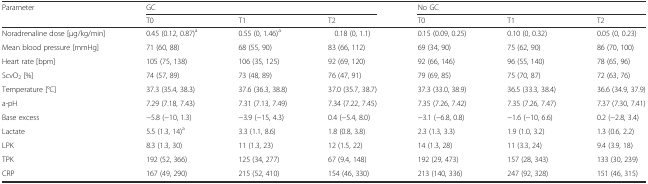
<table><thead><tr><td><b>Parameter</b></td><td colspan="3"><b>GC</b></td><td colspan="3"><b>No GC</b></td></tr><tr><td></td><td><b>T0</b></td><td><b>T1</b></td><td><b>T2</b></td><td><b>T0</b></td><td><b>T1</b></td><td><b>T2</b></td></tr></thead><tbody><tr><td>Noradrenaline dose [μg/kg/min]</td><td>0.45 (0.12, 0.87)<sup>a</sup></td><td>0.55 (0, 1.46)<sup>a</sup></td><td>0.18 (0, 1.1)</td><td>0.15 (0.09, 0.25)</td><td>0.10 (0, 0.32)</td><td>0.05 (0, 0.23)</td></tr><tr><td>Mean blood pressure [mmHg]</td><td>71 (60, 88)</td><td>68 (55, 90)</td><td>83 (66, 112)</td><td>69 (34, 90)</td><td>75 (62, 90)</td><td>86 (70, 100)</td></tr><tr><td>Heart rate [bpm]</td><td>105 (75, 138)</td><td>106 (35, 125)</td><td>92 (69, 120)</td><td>92 (66, 146)</td><td>96 (55, 140)</td><td>78 (65, 96)</td></tr><tr><td>ScvO<sub>2</sub> [%]</td><td>74 (57, 89)</td><td>73 (48, 89)</td><td>76 (47, 91)</td><td>79 (69, 85)</td><td>75 (70, 87)</td><td>72 (63, 76)</td></tr><tr><td>Temperature [°C]</td><td>37.3 (35.4, 38.3)</td><td>37.6 (36.3, 38.8)</td><td>37.0 (35.7, 38.7)</td><td>37.3 (33.0, 38.9)</td><td>36.5 (33.3, 38.4)</td><td>36.6 (34.9, 37.9)</td></tr><tr><td>a-pH</td><td>7.29 (7.18, 7.43)</td><td>7.31 (7.13, 7.49)</td><td>7.34 (7.22, 7.45)</td><td>7.35 (7.26, 7.42)</td><td>7.35 (7.26, 7.47)</td><td>7.37 (7.30, 7.41)</td></tr><tr><td>Base excess</td><td>−5.8 (−10, 1.3)</td><td>−3.9 (−15, 4.3)</td><td>0.4 (−5.4, 8.0)</td><td>−3.1 (−6.8, 0.8)</td><td>−1.6 (−10, 6.6)</td><td>0.2 (−2.8, 3.4)</td></tr><tr><td>Lactate</td><td>5.5 (1.3, 14)<sup>a</sup></td><td>3.3 (1.1, 8.6)</td><td>1.8 (0.8, 3.8)</td><td>2.3 (1.3, 3.3)</td><td>1.9 (1.0, 3.2)</td><td>1.3 (0.6, 2.2)</td></tr><tr><td>LPK</td><td>8.3 (1.3, 30)</td><td>11 (1.3, 23)</td><td>12 (1.5, 22)</td><td>14 (1.3, 28)</td><td>11 (3.3, 24)</td><td>9.4 (3.9, 18)</td></tr><tr><td>TPK</td><td>192 (52, 366)</td><td>125 (34, 277)</td><td>67 (9.4, 148)</td><td>192 (29, 473)</td><td>157 (28, 343)</td><td>133 (30, 239)</td></tr><tr><td>CRP</td><td>167 (49, 290)</td><td>215 (52, 410)</td><td>154 (46, 330)</td><td>213 (140, 336)</td><td>247 (92, 328)</td><td>151 (46, 315)</td></tr></tbody></table>